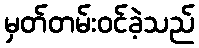
မှတ်တမ်းဝင်ခဲ့သည်